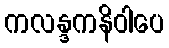
ကလန္ဒကနိဝါပေ